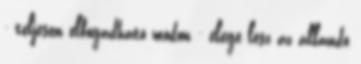
- teljesen elfogadható módon - elege lesz az állandó